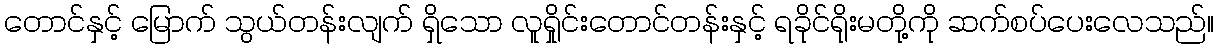
တောင်နှင့် မြောက် သွယ်တန်းလျက် ရှိသော လူရှိုင်းတောင်တန်းနှင့် ရခိုင်ရိုးမတို့ကို ဆက်စပ်ပေးလေသည်။